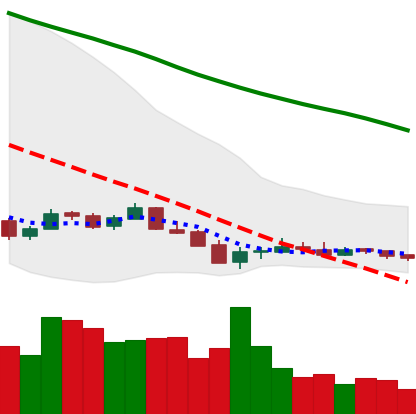
Ticker: ETC-USD
Chart end date: 2018-12-15
Forward return: 31.601%
Label: up_7plus